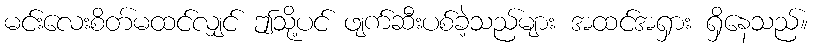
မင်းလေးစိတ်မထင်လျှင် ဤသို့ပင် ဖျက်ဆီးပစ်ခဲ့သည်များ အထင်အရှား ရှိနေသည်။